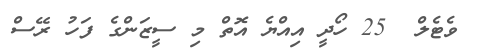
ވެޓެލް  25 ހޯދީ އިއްޔެ އޮތް މި ސީޒަންގެ ފަހު ރޭސް